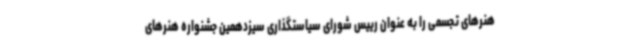
هنرهای تجسمی را به عنوان رییس شورای سیاستگذاری سیزدهمین جشنواره هنرهای